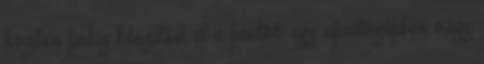
közben pedig készítsd el a pestót: egy aprítógépben vagy